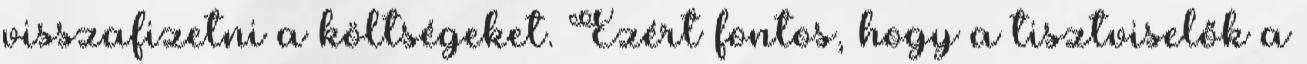
visszafizetni a költségeket. Ezért fontos, hogy a tisztviselők a